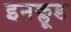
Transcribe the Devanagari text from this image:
इनक्लूड